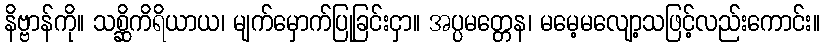
နိဗ္ဗာန်ကို။ သစ္ဆိကိရိယာယ၊ မျက်မှောက်ပြုခြင်းငှာ။ အပ္ပမတ္တေန၊ မမေ့မလျော့သဖြင့်လည်းကောင်း။